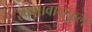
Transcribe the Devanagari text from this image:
स्वभावानुकूल